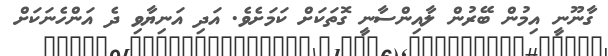
ގާނޫނީ އިމުން ބޭރުން ލާއިންސާނީ ގޮތަކަށް ކަމަށެވެ. އަދި އަނިޔާވި ދެ އަންހެނަކަށް